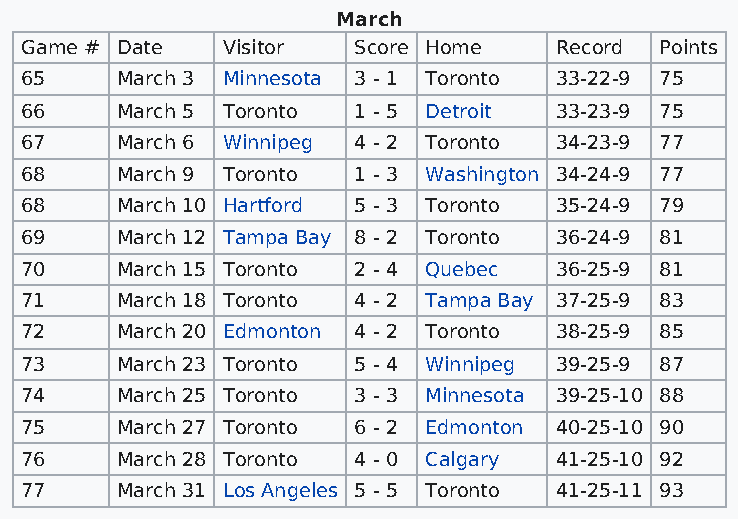
March
 Game # Date   Visitor Score Home    Record Points
 65     March 3 Minnesota 3 - 1 Toronto 33-22-9 75
 66     March 5 Toronto 1 - 5 Detroit 33-23-9 75
 67     March 6 Winnipeg 4 - 2 Toronto 34-23-9 77
 68     March 9 Toronto 1 - 3 Washington 34-24-9 77
 68     March 10 Hartford 5 - 3 Toronto 35-24-9 79
 69     March 12 Tampa Bay 8 - 2 Toronto 36-24-9 81
 70     March 15 Toronto 2 - 4 Quebec 36-25-9 81
 71     March 18 Toronto 4 - 2 Tampa Bay 37-25-9 83
 72     March 20 Edmonton 4 - 2 Toronto 38-25-9 85
 73     March 23 Toronto 5 - 4 Winnipeg 39-25-9 87
 74     March 25 Toronto 3 - 3 Minnesota 39-25-10 88
 75     March 27 Toronto 6 - 2 Edmonton 40-25-10 90
 76     March 28 Toronto 4 - 0 Calgary 41-25-10 92
 77     March 31 Los Angeles 5 - 5 Toronto 41-25-11 93